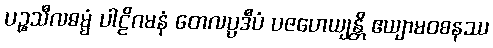
ပဉ္စသီလဓမ္မံ ပါဠိဂမနံ တေလပ္ပဒီပံ ပဇဟေယျန္တိ ဧယျာမဝစနဿ